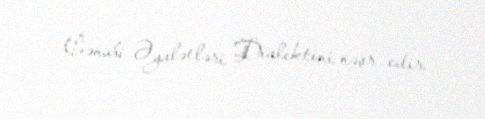
Cənubi Əyalətləri Dialektini nəşr edir.